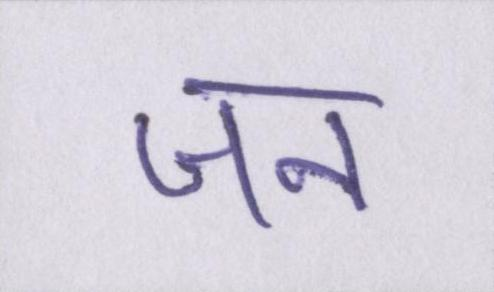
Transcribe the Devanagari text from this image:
जन